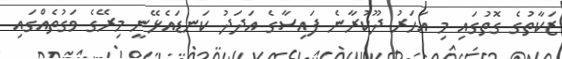
ޒަކާތުގެ ގޮތުގައި މި އަހަރު ދޫކުރާނެ ފައިސާގެ އަދަދު ކަނޑައެޅޭނީ މިރޭގެ ވަގުތެއްގައި